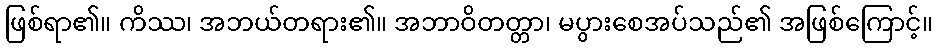
ဖြစ်ရာ၏။ ကိဿ၊ အဘယ်တရား၏။ အဘာဝိတတ္တာ၊ မပွားစေအပ်သည်၏ အဖြစ်ကြောင့်။